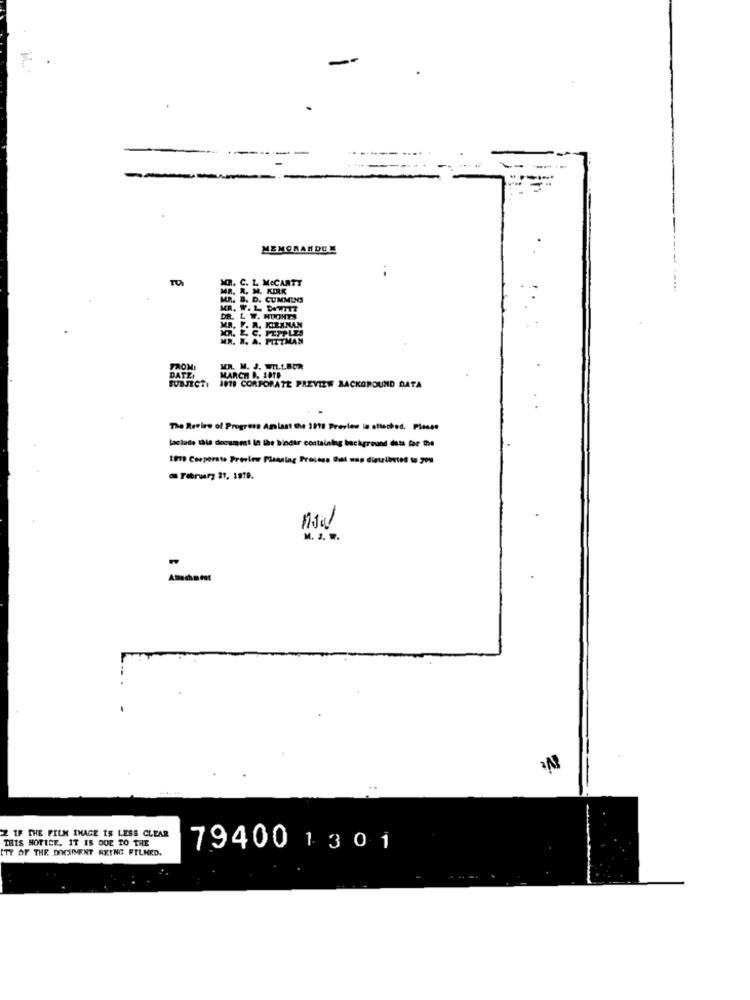
F
------
MEMORANDUM
MR. C. L MCCARTY
MR. R. M. KIRK
MR. B. D. CUMMINS
DR. L W. HUCHE
MR. F. R. KIERNAN
MR. X. A. PITTMAN
FROM:
MR. M. J. WILLBUR
DATEI
SUBJECTI
MARCH D. 18TB
1979 CORPORATE PREVIEW BACKGROUND DATA
The Review of Progress Amlast the 1918 Preview lo stisched. Plesse
laciade this document in the bindir containleg background dits for De
1979 Corporate Preview Planning Process Dat was disulbts to 70%
February 21, 1979.
M. J. ..
-
Z IP THE FILM IMAGE IS LESS CLEAR
THIS NOTICE. IT IS DOE TO THE
TY OF THE DOCUMENT REING FILMED.
79400 1 301